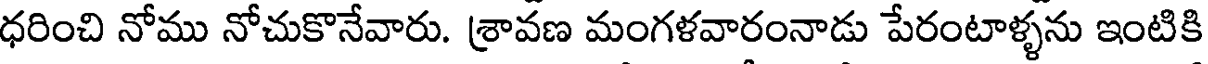
ధరించి నోము నోచుకొనేవారు. శ్రావణ మంగళవారంనాడు పేరంటాళ్ళను ఇంటికి